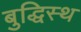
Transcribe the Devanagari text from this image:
बुद्धिस्थ